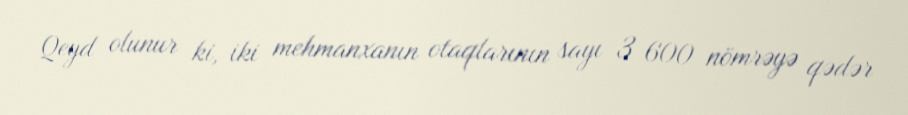
Qeyd olunur ki, iki mehmanxanın otaqlarının sayı 3 600 nömrəyə qədər